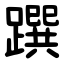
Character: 䠣